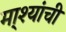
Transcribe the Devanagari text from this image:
मा्श्यांची